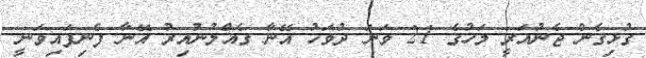
ގުޅިގެން ޖެނުއަރީ މަހުގެ 21 ވަނަ ދުވަހު އޭނާ ގެއްލުނުއިރު އޭނާ ފެނިފައިވަނީ